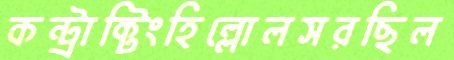
কন্ট্রাক্টিংহিল্লোলসরছিল